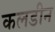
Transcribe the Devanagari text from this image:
कलडीन